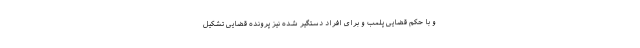
و با حکم قضایی پلمب و برای افراد دستگیر شده نیز پرونده قضایی تشکیل